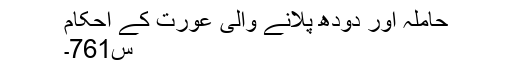
حاملہ اور دودھ پلانے والی عورت کے احکام
س761۔